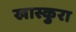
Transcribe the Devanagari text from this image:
खास्कुरा